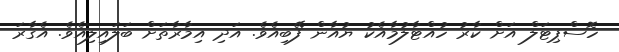
ހޮސްޕިޓަލް އަށް ކާރު ހުއްޓާލުމާއެކު ޔުއާން ފޭބިއެވެ. އަދި އިމާރާތަށް ބަލައިލިއެވެ. އެގާރަ